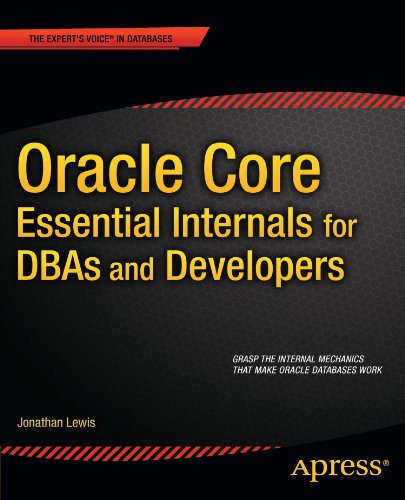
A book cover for Oracle Core: Essential Internals for DBAs and Developers (Expert's Voice in Databases); Jonathan Lewis; Computers & Technology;